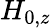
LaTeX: H_{0,z}